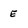
Character: e